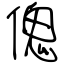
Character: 傀